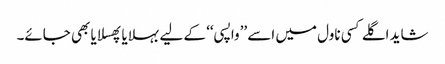
شاید اگلے کسی ناول میں اسے ’’واپسی‘‘ کے لیے بہلایا پھسلایا بھی جائے۔